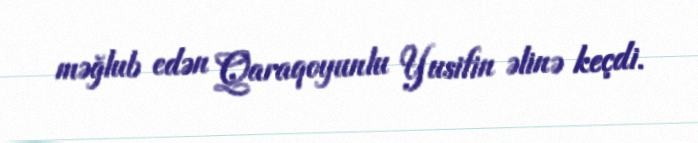
məğlub edən Qaraqoyunlu Yusifin əlinə keçdi.